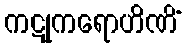
ကဋုကရောဟိဏိံ